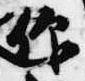
仰